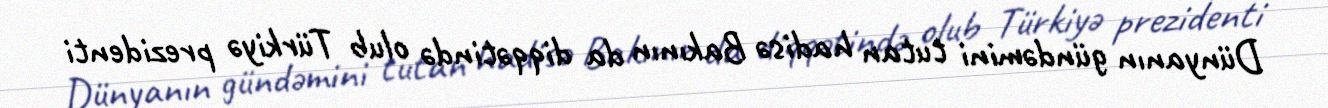
Dünyanın gündəmini tutan hadisə Bakının da diqqətində olub Türkiyə prezidenti